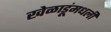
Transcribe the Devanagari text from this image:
खेळाडूंमधली